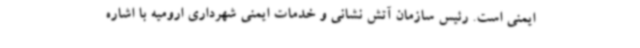
ایمنی است. رئیس سازمان آتش نشانی و خدمات ایمنی شهرداری ارومیه با اشاره